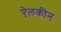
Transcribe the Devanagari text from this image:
ऐलकीन